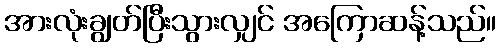
အားလုံးချွတ်ပြီးသွားလျှင် အကြောဆန့်သည်။